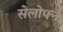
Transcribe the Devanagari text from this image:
सेलोफ्न